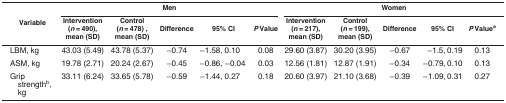
<table><thead><tr><td rowspan="2"><b>Variable</b></td><td colspan="5"><b>Men</b></td><td colspan="5"><b>Women</b></td></tr><tr><td><b>Intervention (<i>n</i> = 490), mean (SD)</b></td><td><b>Control (<i>n</i> = 478) , mean (SD)</b></td><td><b>Difference</b></td><td><b>95% CI</b></td><td><b><i>P</i> Value</b></td><td><b>Intervention (<i>n</i> = 217), mean (SD)</b></td><td><b>Control (<i>n</i> = 199), mean (SD)</b></td><td><b>Difference</b></td><td><b>95% CI</b></td><td><b><i>P</i> Value<sup>a</sup></b></td></tr></thead><tbody><tr><td>LBM, kg</td><td>43.03 (5.49)</td><td>43.78 (5.37)</td><td>−0.74</td><td>−1.58, 0.10</td><td>0.08</td><td>29.60 (3.87)</td><td>30.20 (3.95)</td><td>−0.67</td><td> −1.5, 0.19</td><td>0.13</td></tr><tr><td>ASM, kg</td><td>19.78 (2.71)</td><td>20.24 (2.67)</td><td>−0.45</td><td>−0.86, −0.04</td><td>0.03</td><td>12.56 (1.81)</td><td>12.87 (1.91)</td><td>−0.34</td><td>−0.79, 0.10</td><td>0.13</td></tr><tr><td>Gripstrength<sup>b</sup>, kg</td><td>33.11 (6.24)</td><td>33.65 (5.78)</td><td>−0.59</td><td>−1.44, 0.27</td><td>0.18</td><td>20.60 (3.97)</td><td>21.10 (3.68)</td><td>−0.39</td><td>−1.09, 0.31</td><td>0.27</td></tr></tbody></table>